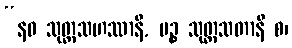
“နဝ သုတ္တသဟဿာနိ, ပဉ္စ သုတ္တသတာနိ စ၊